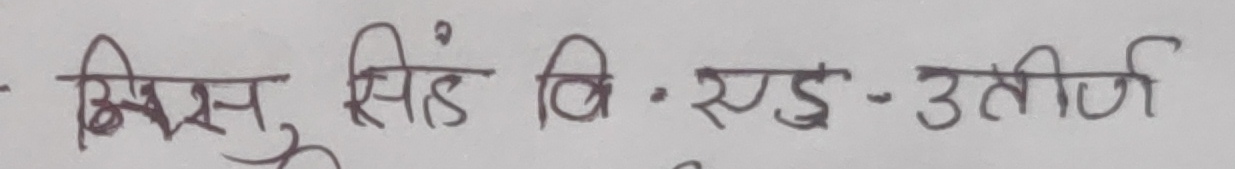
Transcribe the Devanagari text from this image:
मिसु सिंह वि. एड-उत्तीर्ण